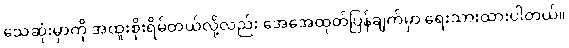
သေဆုံးမှာကို အထူးစိုးရိမ်တယ်လို့လည်း အေအေထုတ်ပြန်ချက်မှာ ရေးသားထားပါတယ်။